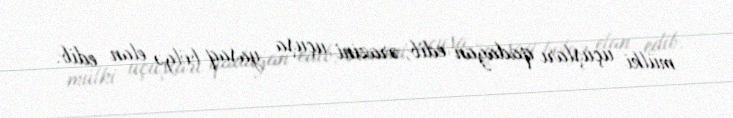
mülki uçuşları qadağan edib, ərazini uçuşa yasaq bölgə elan edib.